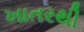
ખાતરથી